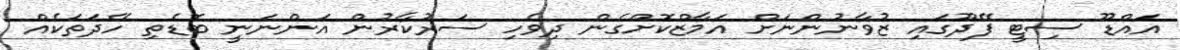
އައްޑޫ ސިޓީ ފޭދޫގައި ޒުވާނުންނަށް އަމާޒްކޮށްގެން ދިވެހި ސަރުކާރުން އަންނަނީ ބޮޑެތި ހޭދަތަކެއް